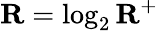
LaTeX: \mathbf{R}=\log_{2}\mathbf{R}^{+}